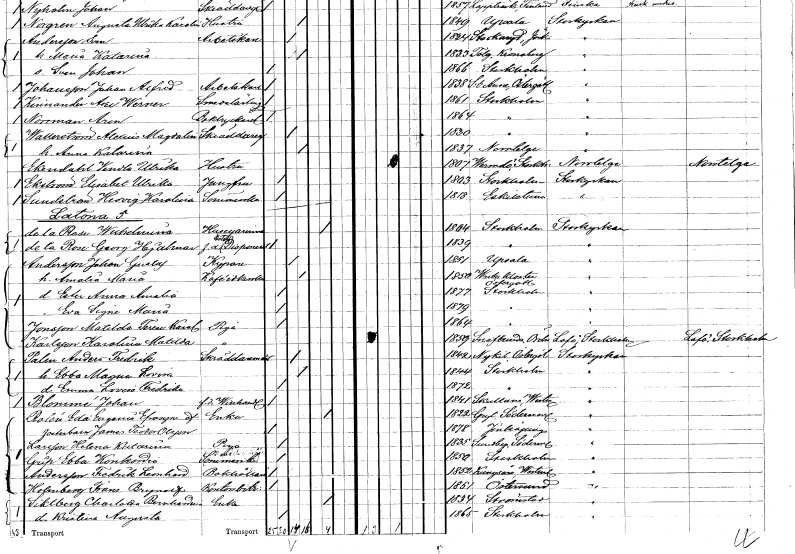
gt_parse: households: individuals: FN: Alexius Magdolin
EN: Wallerström
YRKE: Skräddaregesäll
KON: M
CIV: G
FODAR: 1830
FODFORS: Stockholm
FN: Anna Katarina
KON: K
CIV: G
FODAR: 1837
FODFORS: Norrtälje Stockholms län
FN: Vendla Ulrika
EN: Ekendahl
YRKE: Hustru
KON: K
CIV: G
FODAR: 1807
FODFORS: Värmdö Stockholms län
FN: Elisabet Ulrika
EN: Ekström
YRKE: Jungfru
KON: K
CIV: O
FODAR: 1803
FODFORS: Stockholm
FN: Hedvig Karolina
EN: Sundström
YRKE: Sömmerska
KON: K
CIV: O
FODAR: 1818
FODFORS: Eskilstuna Södermanlands län
FN: Wilhelmina
EN: de la Rose
YRKE: Husägarinna
KON: K
CIV: E
FODAR: 1804
FODFORS: Stockholm
FN: Georg Hjalmar
EN: de la Rose
YRKE: Hotelldisponent f.d.
KON: M
CIV: O
FODAR: 1839
FODFORS: Stockholm
FN: Johan Gustaf
EN: Andersson
YRKE: Kypare
KON: M
CIV: G
FODAR: 1851
FODFORS: Uppsala Uppsala län
FN: Amalia Maria
YRKE: Kaféidkerska
KON: K
CIV: G
FODAR: 1850
FODFORS: Vreta kloster Östergötlands län
FN: Ester Anna Amalia
KON: K
CIV: O
FODAR: 1877
FODFORS: Stockholm
FN: Eva Signe Maria
KON: K
CIV: O
FODAR: 1879
FODFORS: Stockholm
FN: Matilda Terese Karolina
EN: Jonsson
YRKE: Piga
KON: K
CIV: O
FODAR: 1864
FODFORS: Stockholm
FN: Karolina Matilda
EN: Karlsson
YRKE: Piga
KON: K
CIV: O
FODAR: 1859
FODFORS: Snavlunda Örebro län
FN: Anders Fredrik
EN: Palm
YRKE: Skräddarmästare
KON: M
CIV: G
FODAR: 1842
FODFORS: Nykil Östergötlands län
FN: Ebba Magna Lovisa
KON: K
CIV: G
FODAR: 1844
FODFORS: Stockholm
FN: Emma Lovisa Fredrika
KON: K
CIV: O
FODAR: 1872
FODFORS: Stockholm
FN: Johan
EN: Blommé
YRKE: Vinhandlare f.d.
KON: M
CIV: O
FODAR: 1841
FODFORS: Skultuna Västmanlands län
FN: Eda Eugenia Efrosyne
EN: af Rolén
YRKE: Änka
KON: K
CIV: E
FODAR: 1822
FODFORS: Gryt Södermanlands län
FN: James Teodor
EN: Olsson
KON: M
CIV: O
FODAR: 1878
FODFORS: Jönköping Jönköpings län
FN: Helena Katarina
EN: Larsson
YRKE: Piga
KON: K
CIV: O
FODAR: 1835
FODFORS: Sundby Södermanlands län
FN: Konkordia
EN: Grip
YRKE: Sömmerska
KON: K
CIV: O
FODAR: 1850
FODFORS: Stockholm
FN: Fredrik Leonhard
EN: Andersson
YRKE: Bokhållare
KON: M
CIV: O
FODAR: 1852
FODFORS: Kungsåra Västmanlands län
FN: Frans Brynolf
EN: Holmberg
YRKE: Kontorsbiträde
KON: M
CIV: O
FODAR: 1851
FODFORS: Östersund Jämtlands län
FN: Charlotta Bernhardina
EN: Siktberg
YRKE: Änka
KON: K
CIV: E
FODAR: 1834
FODFORS: Strömstad Göteborgs- och Bohuslän
FN: Kristina Augusta
KON: K
CIV: O
FODAR: 1865
FODFORS: Stockholm